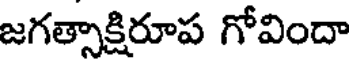
జగత్సాక్షిరూప గోవిందా